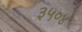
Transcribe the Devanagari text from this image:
३५०४